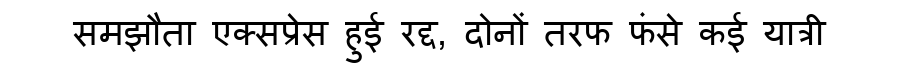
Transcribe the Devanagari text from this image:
समझौता एक्सप्रेस हुई रद्द, दोनों तरफ फंसे कई यात्री